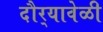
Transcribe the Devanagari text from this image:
दौर्‍यावेळी